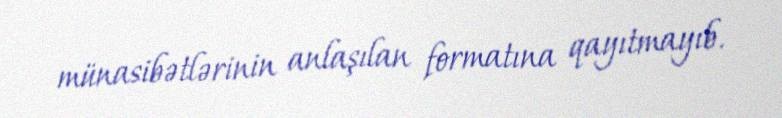
münasibətlərinin anlaşılan formatına qayıtmayıb.